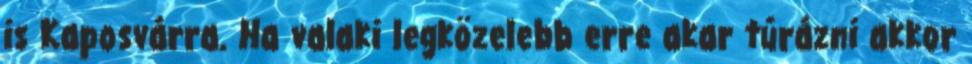
is Kaposvárra. Ha valaki legközelebb erre akar túrázni akkor